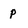
Character: p